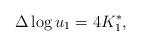
LaTeX: \begin{align*}\Delta\log u_1=4K_1^*,\end{align*}